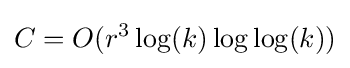
C=O(r^{3}\log(k)\log \log(k))